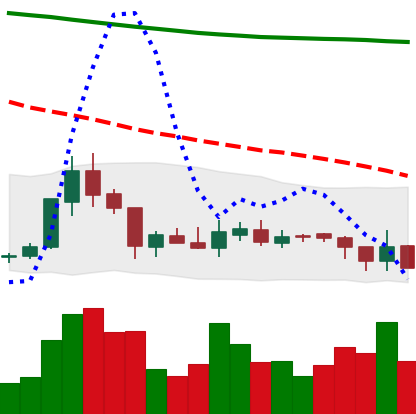
Ticker: XRP-USD
Chart end date: 2018-08-02
Forward return: -11.446%
Label: down_7plus